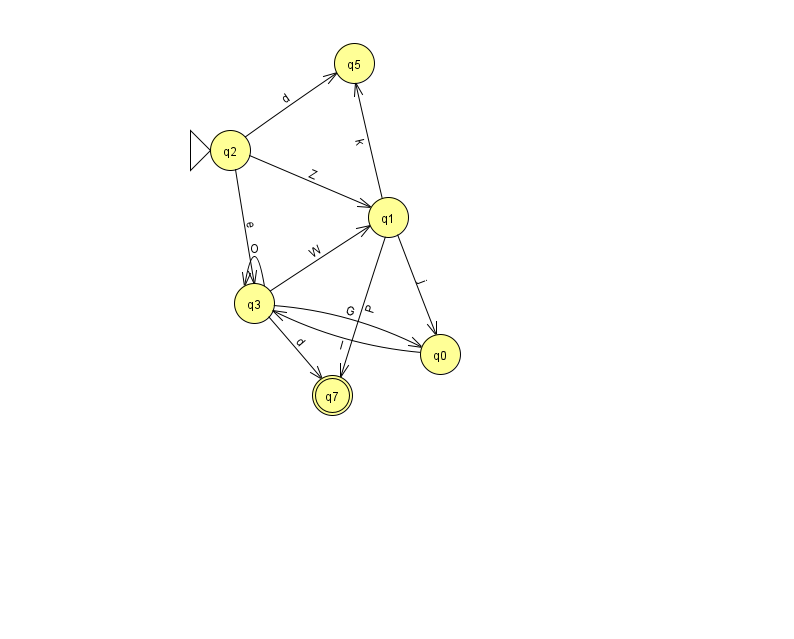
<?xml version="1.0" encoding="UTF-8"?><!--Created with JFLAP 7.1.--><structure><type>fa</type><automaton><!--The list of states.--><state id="0" name="q0"><x>440.0</x><y>341.0</y></state><state id="1" name="q1"><x>388.0</x><y>204.0</y></state><state id="2" name="q2"><x>230.0</x><y>137.0</y><initial/></state><state id="3" name="q3"><x>254.0</x><y>290.0</y></state><state id="5" name="q5"><x>354.0</x><y>50.0</y></state><state id="7" name="q7"><x>332.0</x><y>382.0</y><final/></state><!--The list of transitions.--><transition><from>2</from><to>3</to><read>e</read></transition><transition><from>0</from><to>3</to><read>I</read></transition><transition><from>2</from><to>5</to><read>d</read></transition><transition><from>1</from><to>0</to><read>j</read></transition><transition><from>3</from><to>1</to><read>W</read></transition><transition><from>3</from><to>7</to><read>d</read></transition><transition><from>3</from><to>0</to><read>G</read></transition><transition><from>1</from><to>7</to><read>P</read></transition><transition><from>1</from><to>5</to><read>k</read></transition><transition><from>2</from><to>1</to><read>Z</read></transition><transition><from>3</from><to>3</to><read>O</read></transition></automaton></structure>